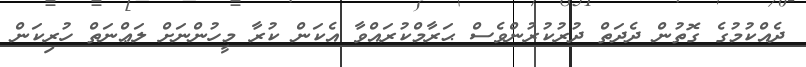
ދެއްކުމުގެ ގޮތުން ދެދަތް ދުރުކުރުންވެސް ޙަރާމްކުރައްވާ އެކަން ކުރާ މީހުންނަށް ލަޢްނަތް ހުރިކަން